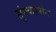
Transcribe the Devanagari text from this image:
सुंगकालीन